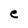
Character: e